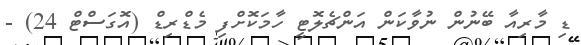
ޑި މާރިއާ ބޭނުން ނުވާކަން އަންޗެލޮޓީ ހާމަކޮށްފި މެޑްރިޑް (އޮގަސްޓް 24) -